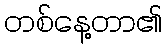
တစ်နေ့တာ၏